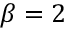
\beta = 2